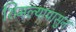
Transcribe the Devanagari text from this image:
शिमल्यापासुन